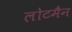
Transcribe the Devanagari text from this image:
लोटमैन